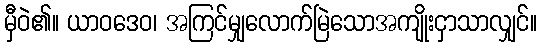
မှီဝဲ၏။ ယာဝဒေဝ၊ အကြင်မျှလောက်မြဲသောအကျိုးငှာသာလျှင်။